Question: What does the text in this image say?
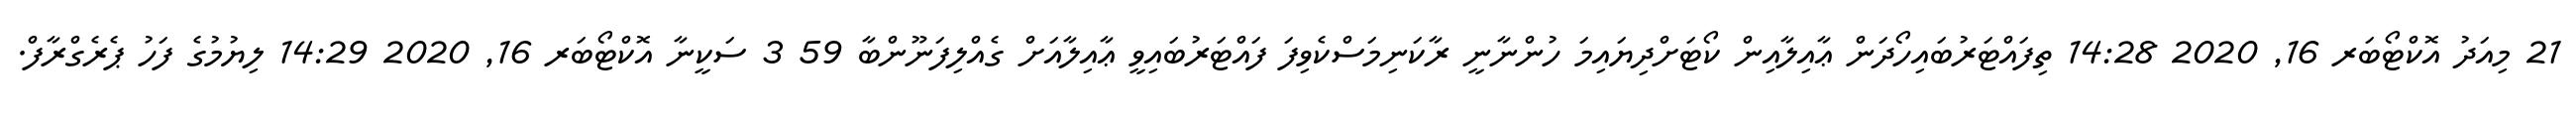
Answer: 21 މިއަދު އޮކްޓޯބަރ 16, 2020 14:28 ތިފައްޓަރުބައިހޯދަން ޢާއިލާއިން ކޯޓަށްދިޔައިމަ ހުންނާނީ ރާކަނިމަސްކެވިފަ ފައްޓަރުބައިވީ ޢާއިލާއަށް ގެއްލިފަނޫންބާ 59 3 ސަކީނާ އޮކްޓޯބަރ 16, 2020 14:29 ލިޔުމުގެ ފަހު ޕެރެގްރާފް.